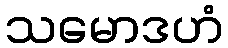
သမောဒဟံ